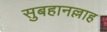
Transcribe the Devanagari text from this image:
सुबहानल्लाह